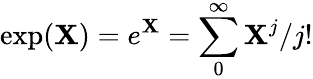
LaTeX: \displaystyle\exp(\mathbf{X})=e^{\mathbf{X}}=\sum_{0}^{\infty}{\mathbf{X}^{j}/j!}